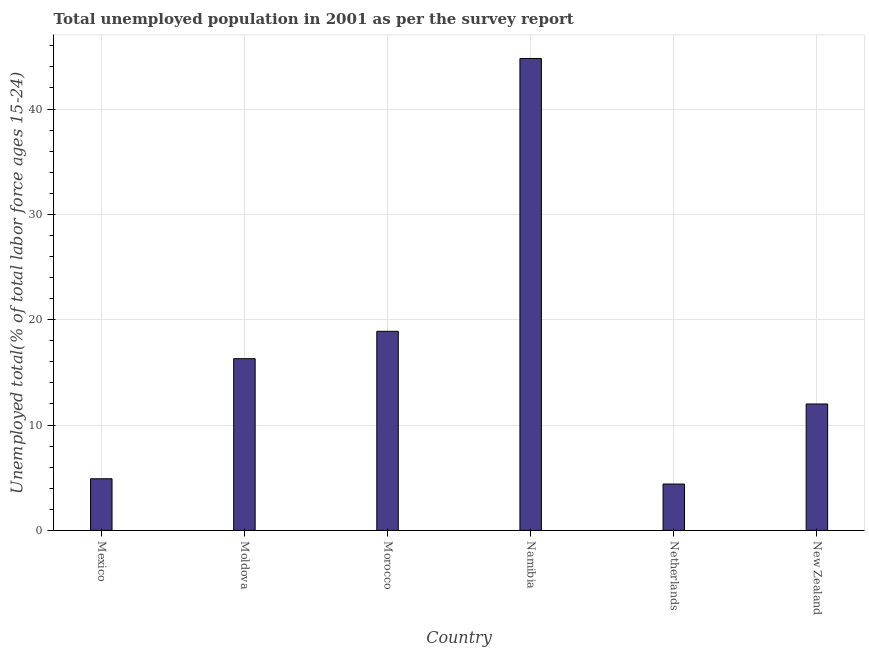
| Country | Unemployment youth total |
 | --- | --- |
 | Mexico | 4.9 |
 | Moldova | 16.3 |
 | Morocco | 18.9 |
 | Namibia | 44.8 |
 | Netherlands | 4.4 |
 | New Zealand | 12 |